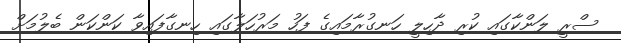
ސްރީ ލަންކާގައި ކުރި ދާހިލީ ހަނގުރާމައިގެ ފަހު މަރުހަލާގައި ހިނގާފައިވާ ކަންކަން ބެލުމަށް